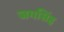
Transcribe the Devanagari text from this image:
जगसिंह